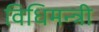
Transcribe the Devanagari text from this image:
विधिमन्त्री